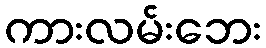
ကားလမ်းဘေး